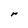
Character: r